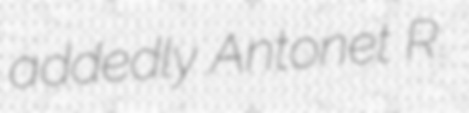
addedly Antonet R.